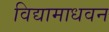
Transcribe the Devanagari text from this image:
विद्यामाधवन